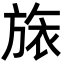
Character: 𣄆